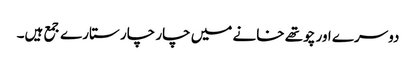
دوسرے اور چوتھے خانے میں چار چار ستارے جمع ہیں۔